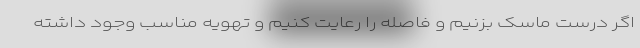
اگر درست ماسک بزنیم و فاصله را رعایت کنیم و تهویه مناسب وجود داشته